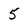
Character: 5